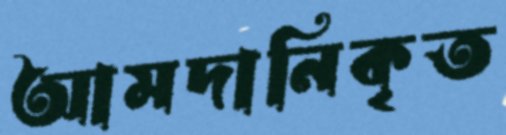
আমদানিকৃত